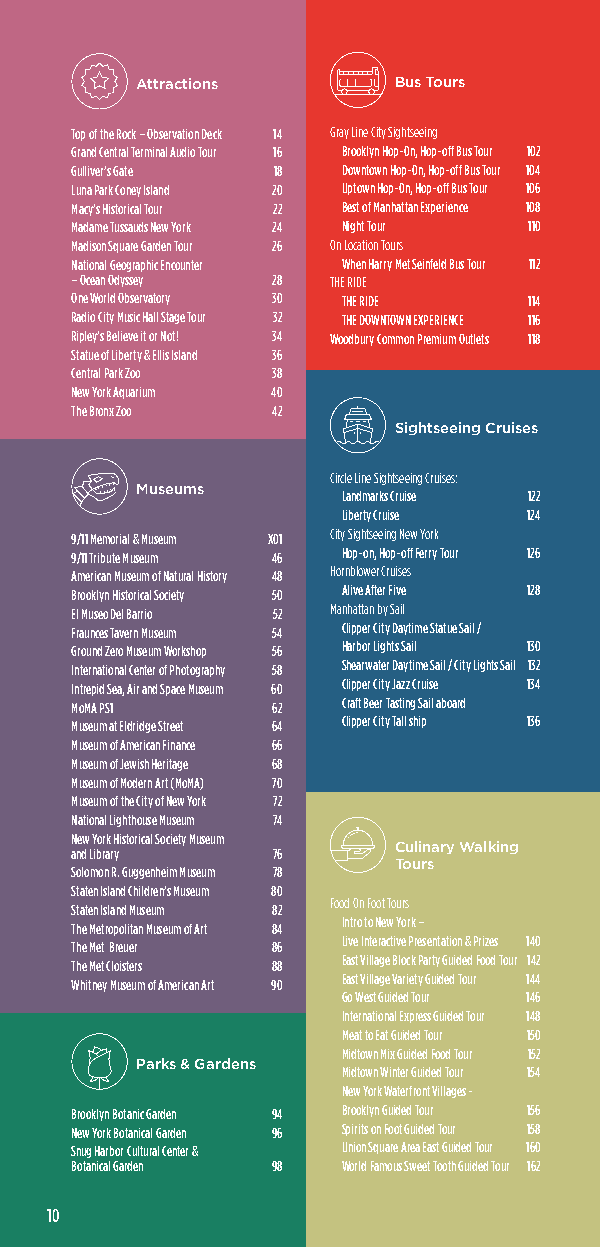
Attractions      Bus Tours
 Top of the Rock – Observation Deck 14 Gray Line City Sightseeing
 Grand Central Terminal Audio Tour 16 Brooklyn Hop-0n, Hop-off Bus Tour 102
 Gulliver’s Gate 18 Downtown Hop-0n, Hop-off Bus Tour 104
 Luna Park Coney Island 20 Uptown Hop-0n, Hop-off Bus Tour 106
 Macy’s Historical Tour 22 Best of Manhattan Experience 108
 Madame Tussauds New York 24 Night Tour 110
 Madison Square Garden Tour 26 On Location Tours
 National Geographic Encounter When Harry Met Seinfeld Bus Tour 112
 – Ocean Odyssey 28 THE RIDE
 One World Observatory 30 THE RIDE 114
 Radio City Music Hall Stage Tour 32 THE DOWNTOWN EXPERIENCE 116
 Ripley’s Believe it or Not! 34 Woodbury Common Premium Outlets 118
 Statue of Liberty & Ellis Island 36
 Central Park Zoo 38
 New York Aquarium 40
 The Bronx Zoo 42
 Sightseeing Cruises
 Circle Line Sightseeing Cruises:
 Museums
 Landmarks Cruise 122
 Liberty Cruise 124
 9/11 Memorial & Museum X01 City Sightseeing New York
 9/11 Tribute Museum 46 Hop-on, Hop-off Ferry Tour 126
 American Museum of Natural History 48 Hornblower Cruises
 Brooklyn Historical Society 50 Alive After Five 128
 El Museo Del Barrio 52 Manhattan by Sail
 Fraunces Tavern Museum 54 Clipper City Daytime Statue Sail /
 Ground Zero Museum Workshop 56 Harbor Lights Sail 130
 International Center of Photography 58 Shearwater Daytime Sail / City Lights Sail 132
 Intrepid Sea, Air and Space Museum 60 Clipper City Jazz Cruise 134
 MoMA PS1     62   Craft Beer Tasting Sail aboard
 Museum at Eldridge Street 64 Clipper City Tall ship 136
 Museum of American Finance 66
 Museum of Jewish Heritage 68
 Museum of Modern Art (MoMA) 70
 Museum of the City of New York 72
 National Lighthouse Museum 74
 New York Historical Society Museum
 and Library  76      Culinary Walking
 Tours
 Solomon R. Guggenheim Museum 78
 Staten Island Children’s Museum 80
 Food On Foot Tours
 Staten Island Museum 82
 Intro to New York –
 The Metropolitan Museum of Art 84
 Live Interactive Presentation & Prizes 140
 The Met Breuer 86
 East Village Block Party Guided Food Tour 142
 The Met Cloisters 88
 East Village Variety Guided Tour 144
 Whitney Museum of American Art 90
 Go West Guided Tour 146
 International Express Guided Tour 148
 Meat to Eat Guided Tour 150
 Midtown Mix Guided Food Tour 152
 Parks & Gardens
 Midtown Winter Guided Tour 154
 New York Waterfront Villages -
 Brooklyn Botanic Garden 94 Brooklyn Guided Tour 156
 New York Botanical Garden 96 Spirits on Foot Guided Tour 158
 Snug Harbor Cultural Center & Union Square Area East Guided Tour 160
 Botanical Garden 98 World Famous Sweet Tooth Guided Tour 162
 10